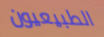
الطبيعيون